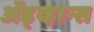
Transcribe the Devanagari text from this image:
ॲड्व्हान्स